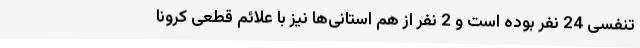
تنفسی 24 نفر بوده است و 2 نفر از هم استانی‌ها نیز با علائم قطعی کرونا